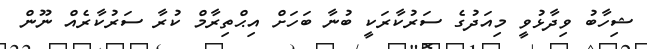
ޝިހާބު ވިދާޅުވީ މިއަދުގެ ސަރުކާރަކީ ބުނާ ބަހަށް އިޙްތިރާމް ކުރާ ސަރުކާރެއް ނޫން